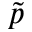
\tilde { p }